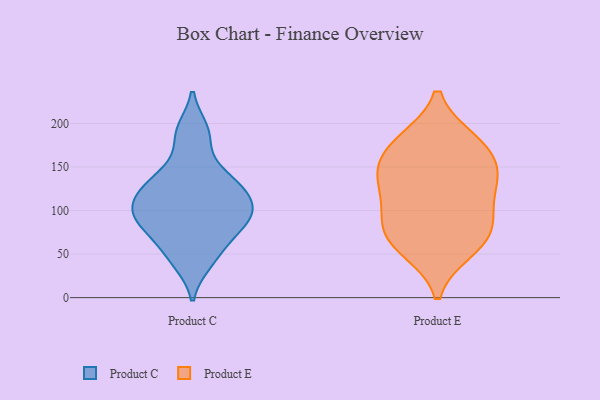
{"axis": {"x": "Revenue (USD Million)", "y": "Value"}, "legend": ["Product C", "Product E"], "data": [{"x": "", "y": 68, "type": "Product C"}, {"x": "", "y": 147, "type": "Product C"}, {"x": "", "y": 80, "type": "Product C"}, {"x": "", "y": 82, "type": "Product C"}, {"x": "", "y": 186, "type": "Product C"}, {"x": "", "y": 97, "type": "Product C"}, {"x": "", "y": 131, "type": "Product C"}, {"x": "", "y": 97, "type": "Product C"}, {"x": "", "y": 128, "type": "Product C"}, {"x": "", "y": 115, "type": "Product C"}, {"x": "", "y": 102, "type": "Product C"}, {"x": "", "y": 129, "type": "Product C"}, {"x": "", "y": 192, "type": "Product C"}, {"x": "", "y": 41, "type": "Product C"}, {"x": "", "y": 47, "type": "Product C"}, {"x": "", "y": 100, "type": "Product C"}, {"x": "", "y": 132, "type": "Product E"}, {"x": "", "y": 172, "type": "Product E"}, {"x": "", "y": 61, "type": "Product E"}, {"x": "", "y": 79, "type": "Product E"}, {"x": "", "y": 141, "type": "Product E"}, {"x": "", "y": 72, "type": "Product E"}, {"x": "", "y": 180, "type": "Product E"}, {"x": "", "y": 102, "type": "Product E"}, {"x": "", "y": 136, "type": "Product E"}, {"x": "", "y": 55, "type": "Product E"}, {"x": "", "y": 147, "type": "Product E"}, {"x": "", "y": 96, "type": "Product E"}, {"x": "", "y": 179, "type": "Product E"}]}